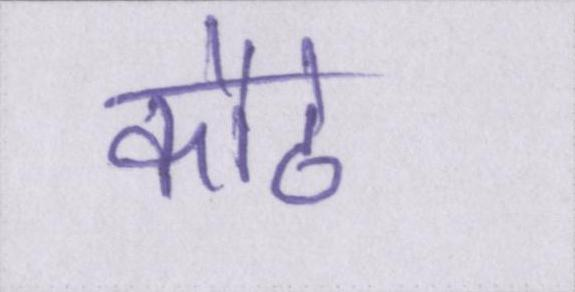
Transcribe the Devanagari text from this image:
कौवे